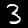
Digit: 3